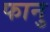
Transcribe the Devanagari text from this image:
फानु